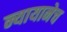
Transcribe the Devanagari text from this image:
न्यायानेच